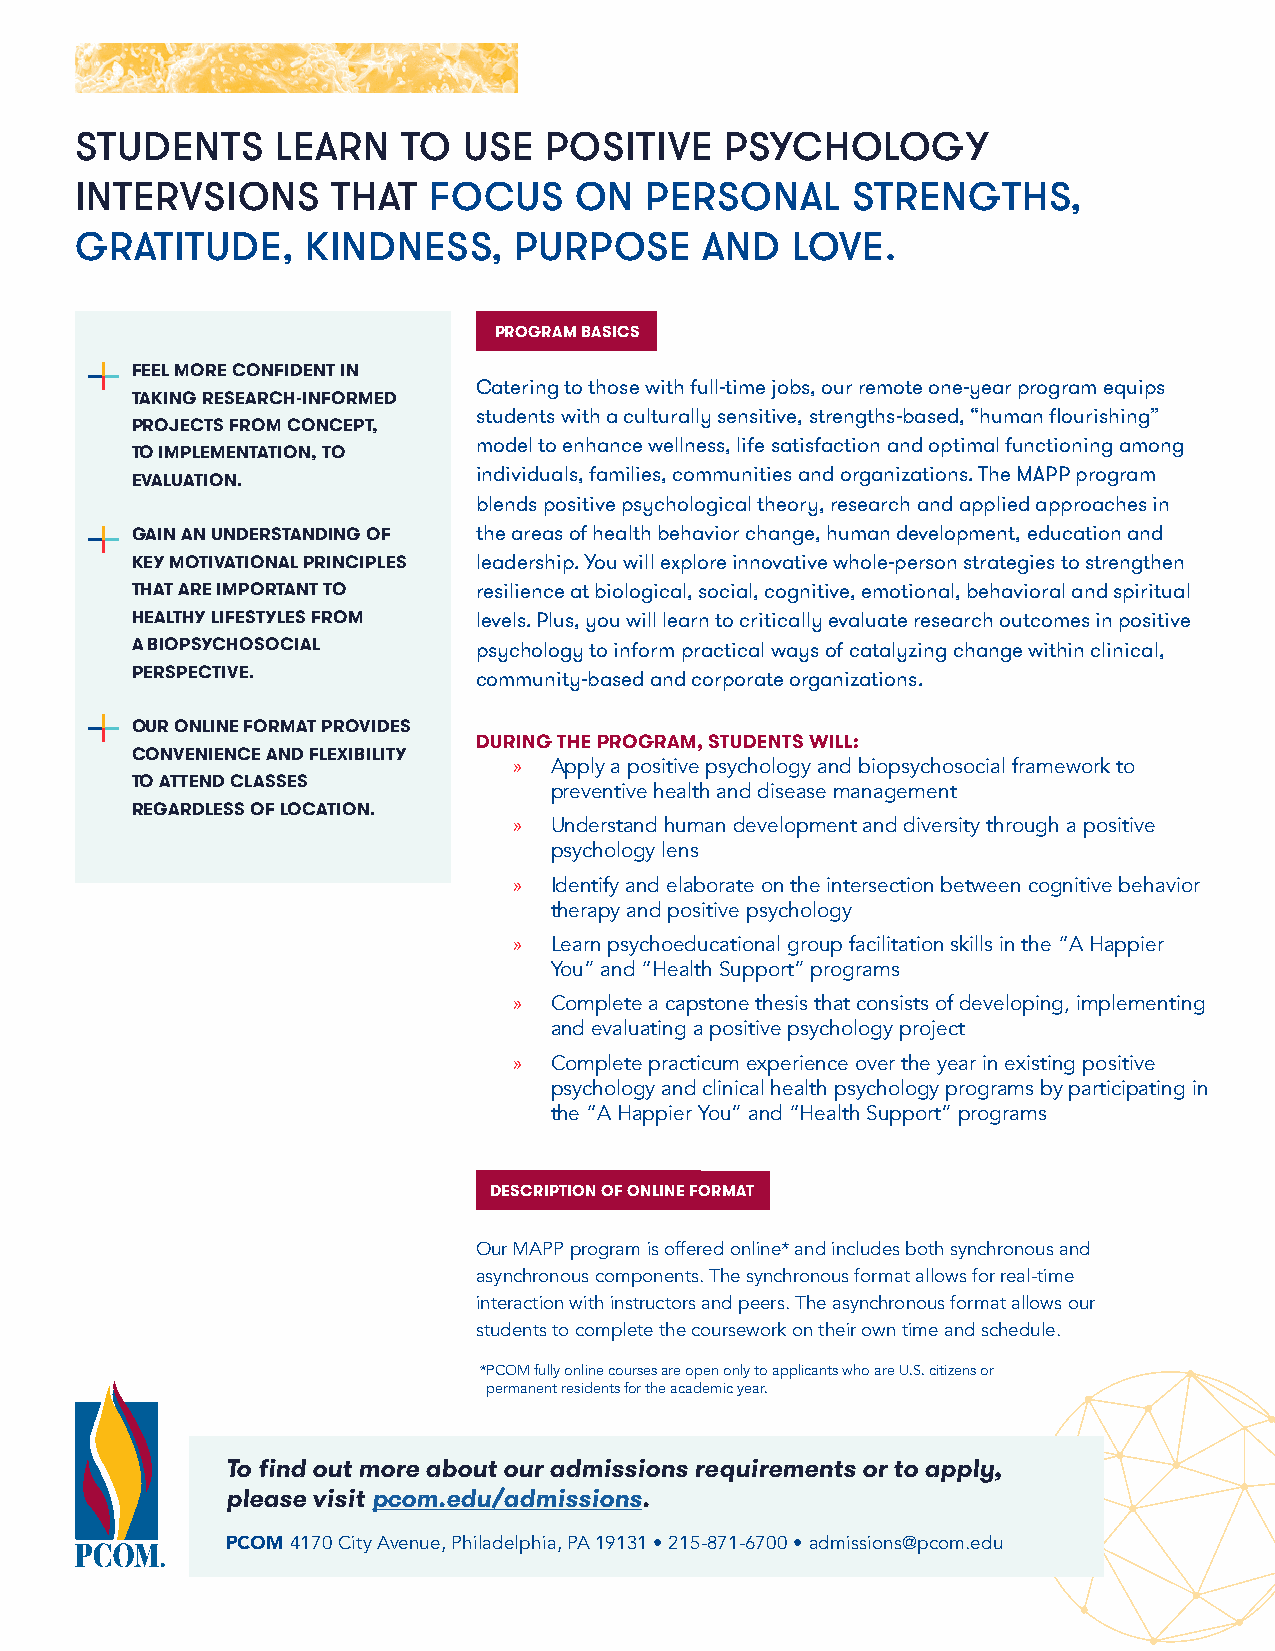
STUDENTS     LEARN    TO  USE  POSITIVE    PSYCHOLOGY
 INTERVSIONS      THAT  FOCUS     ON   PERSONAL     STRENGTHS,
 GRATITUDE,     KINDNESS,     PURPOSE      AND  LOVE.
 PROGRAM BASICS
 FEEL MORE CONFIDENT IN
 Catering to those with full-time jobs, our remote one-year program equips
 TAKING RESEARCH-INFORMED
 students with a culturally sensitive, strengths-based, “human flourishing”
 PROJECTS FROM CONCEPT,
 model to enhance wellness, life satisfaction and optimal functioning among
 TO IMPLEMENTATION, TO
 individuals, families, communities and organizations. The MAPP program
 EVALUATION.
 blends positive psychological theory, research and applied approaches in
 GAIN AN UNDERSTANDING OF the areas of health behavior change, human development, education and
 KEY MOTIVATIONAL PRINCIPLES leadership. You will explore innovative whole-person strategies to strengthen
 THAT ARE IMPORTANT TO resilience at biological, social, cognitive, emotional, behavioral and spiritual
 HEALTHY LIFESTYLES FROM levels. Plus, you will learn to critically evaluate research outcomes in positive
 A BIOPSYCHOSOCIAL     psychology to inform practical ways of catalyzing change within clinical,
 PERSPECTIVE.          community-based and corporate organizations.
 OUR ONLINE FORMAT PROVIDES
 DURING THE PROGRAM, STUDENTS WILL:
 CONVENIENCE AND FLEXIBILITY
 » Apply a positive psychology and biopsychosocial framework to
 TO ATTEND CLASSES
 preventive health and disease management
 REGARDLESS OF LOCATION.
 » Understand human development and diversity through a positive
 psychology lens
 » Identify and elaborate on the intersection between cognitive behavior
 therapy and positive psychology
 » Learn psychoeducational group facilitation skills in the “A Happier
 You” and “Health Support” programs
 » Complete a capstone thesis that consists of developing, implementing
 and evaluating a positive psychology project
 » Complete practicum experience over the year in existing positive
 psychology and clinical health psychology programs by participating in
 the “A Happier You” and “Health Support” programs
 DESCRIPTION OF ONLINE FORMAT
 Our MAPP program is offered online* and includes both synchronous and
 asynchronous components. The synchronous format allows for real-time
 interaction with instructors and peers. The asynchronous format allows our
 students to complete the coursework on their own time and schedule.
 * PCOM fully online courses are open only to applicants who are U.S. citizens or
 permanent residents for the academic year.
 To find out more about our admissions requirements or to apply,
 please visit pcom.edu/admissions.
 PCOM 4170 City Avenue, Philadelphia, PA 19131 • 215-871-6700 • admissions@pcom.edu
 ®